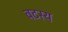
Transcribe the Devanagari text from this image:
वटस्य